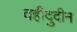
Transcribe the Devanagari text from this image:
वहीदुदीन